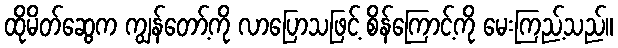
ထိုမိတ်ဆွေက ကျွန်တော့်ကို လာပြောသဖြင့် စိန်ကြောင့်ကို မေးကြည့်သည်။